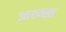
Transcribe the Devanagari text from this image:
आश्म्सा